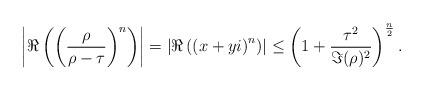
LaTeX: \begin{align*}\left|\Re\left(\left(\frac{\rho}{\rho-\tau}\right)^n \right) \right|=\left|\Re\left(\left(x+yi\right)^n\right)\right|\le \left(1+\frac{\tau^2}{\Im(\rho)^2}\right)^\frac{n}{2}.\end{align*}